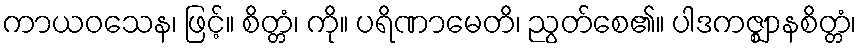
ကာယဝသေန၊ ဖြင့်။ စိတ္တံ၊ ကို။ ပရိဏာမေတိ၊ ညွတ်စေ၏။ ပါဒကဇ္ဈာနစိတ္တံ၊